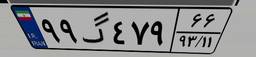
۹۹گ۴۷۹۶۶